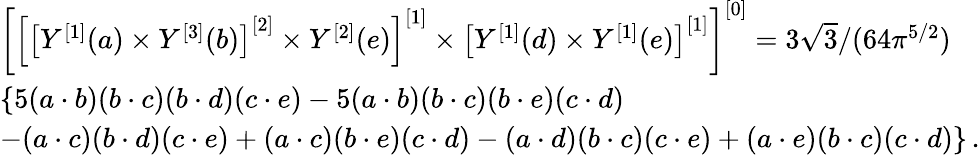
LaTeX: \begin{array}{l}{\left[\left[\left[Y^{\left[1\right]}(a)\times Y^{\left[3\right]}(b)\right]^{\left[2\right]}\times Y^{\left[2\right]}(e)\right]^{\left[1\right]}\times\left[Y^{\left[1\right]}(d)\times Y^{\left[1\right]}(e)\right]^{\left[1\right]}\right]^{\left[0\right]}=3\sqrt{3}/(64\pi^{5/2})}\\ {\{ 5(a\cdot b)(b\cdot c)(b\cdot d)(c\cdot e)-5(a\cdot b)(b\cdot c)(b\cdot e)(c\cdot d)}\\ {-(a\cdot c)(b\cdot d)(c\cdot e)+(a\cdot c)(b\cdot e)(c\cdot d)-(a\cdot d)(b\cdot c)(c\cdot e)+(a\cdot e)(b\cdot c)(c\cdot d)\} \, .}\end{array}